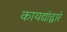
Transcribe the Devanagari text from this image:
कायद्यांद्वारे